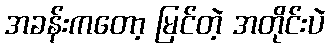
အခန်းကတော့ မြင်တဲ့ အတိုင်းပဲ